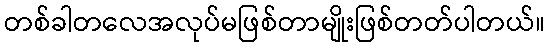
တစ်ခါတလေအလုပ်မဖြစ်တာမျိုးဖြစ်တတ်ပါတယ်။